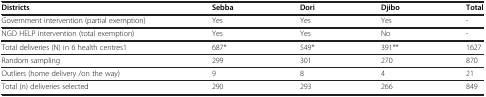
<table><thead><tr><td><b>Districts</b></td><td><b>Sebba</b></td><td><b>Dori</b></td><td><b>Djibo</b></td><td><b>Total</b></td></tr></thead><tbody><tr><td>Government intervention (partial exemption)</td><td>Yes</td><td>Yes</td><td>Yes</td><td>-</td></tr><tr><td>NGO HELP intervention (total exemption)</td><td>Yes</td><td>Yes</td><td>No</td><td>-</td></tr><tr><td>Total deliveries (N) in 6 health centres1</td><td>687*</td><td>549*</td><td>391**</td><td>1627</td></tr><tr><td>Random sampling</td><td>299</td><td>301</td><td>270</td><td>870</td></tr><tr><td>Outliers (home delivery /on the way)</td><td>9</td><td>8</td><td>4</td><td>21</td></tr><tr><td>Total (n) deliveries selected</td><td>290</td><td>293</td><td>266</td><td>849</td></tr></tbody></table>